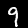
Label: 9